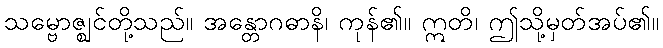
သမ္ဗောဇ္ဈင်တို့သည်။ အန္တောဂဓာနိ၊ ကုန်၏။ ဣတိ၊ ဤသို့မှတ်အပ်၏။